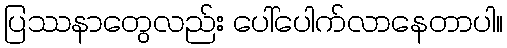
ပြဿနာတွေလည်း ပေါ်ပေါက်လာနေတာပါ။